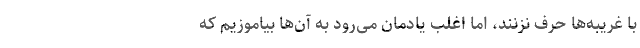
با غریبه‌ها حرف نزنند، اما اغلب یادمان می‌رود به آن‌ها بیاموزیم که